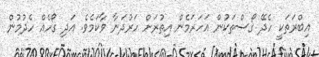
އިބްރަތަކީ ހެދޭ ގޯސްތަކުން އަހަރަމެން އިތުރަށް ހަރުދަނާ ވާކަމެވެ. އަދި ގޯހެއް ހެދުމުން